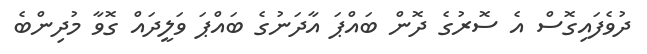
ދުވެފައިގޮސް އެ ސޮރުގެ ދޮން ބައްޕަ އާދަނުގެ ބައްޕަ ވަލީދައް ގޮވާ މުދިންބެ